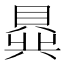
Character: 𬥟